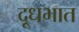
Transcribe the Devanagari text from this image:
दूधभात